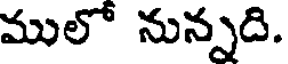
ములో నున్నది.